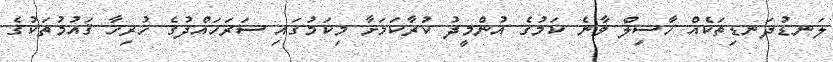
ލަނޑުދަނޑިތަކެއް ހާސިލް ވާނެ ކަމުގެ އުންމީދު ކުރާކަމަށާ މިކަމުގައި ސަރަހައްދުގެ ހުރިހާ ޤައުމުތަކުގެ